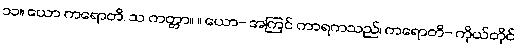
၁၁။ ယော ကရောတိ, သ ကတ္တာ။ ။ ယော- အကြင် ကာရကသည်၊ ကရောတိ- ကိုယ်တိုင်